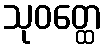
သုဝတ္ထေ